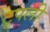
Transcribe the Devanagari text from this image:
टूपली